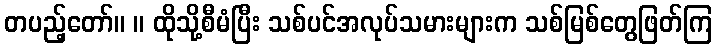
တပည့်တော်။ ။ ထိုသို့စီမံပြီး သစ်ပင်အလုပ်သမားများက သစ်မြစ်တွေဖြတ်ကြ